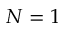
N = 1